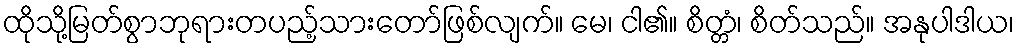
ထိုသို့မြတ်စွာဘုရားတပည့်သားတော်ဖြစ်လျက်။ မေ၊ ငါ၏။ စိတ္တံ၊ စိတ်သည်။ အနုပါဒါယ၊